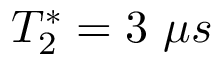
T _ { 2 } ^ { * } = 3 ~ \mu s